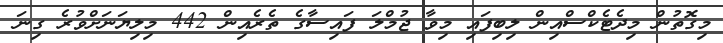
މިގޮތުން މިދެޓެކްސްއިން ލިބިފައި މިވާ ޖުމްލަ ފައިސާގެ ތެރެއިން 442 މިލިޔަނަށްވުރެ ގިނަ